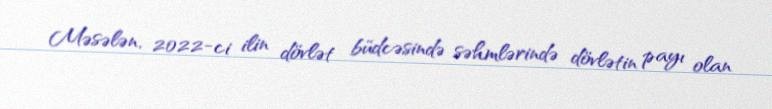
Məsələn, 2022-ci ilin dövlət büdcəsində səhmlərində dövlətin payı olan